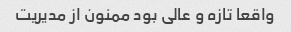
واقعا تازه و عالی بود ممنون از مدیریت